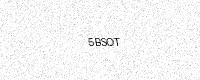
Text: 5BSOT